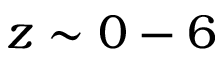
z \sim 0 - 6